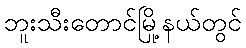
ဘူးသီးတောင်မြို့နယ်တွင်